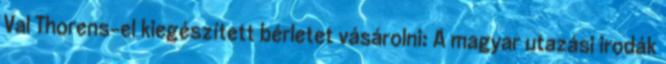
Val Thorens-el kiegészített bérletet vásárolni: A magyar utazási irodák